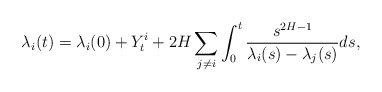
\begin{align*}\lambda_{i}(t)=\lambda_{i}(0)+Y_{t}^{i}+2H\sum_{j\not =i}\int_{0}^{t}\frac{s^{2H-1}}{\lambda_{i}(s)-\lambda_{j}(s)}ds, \end{align*}